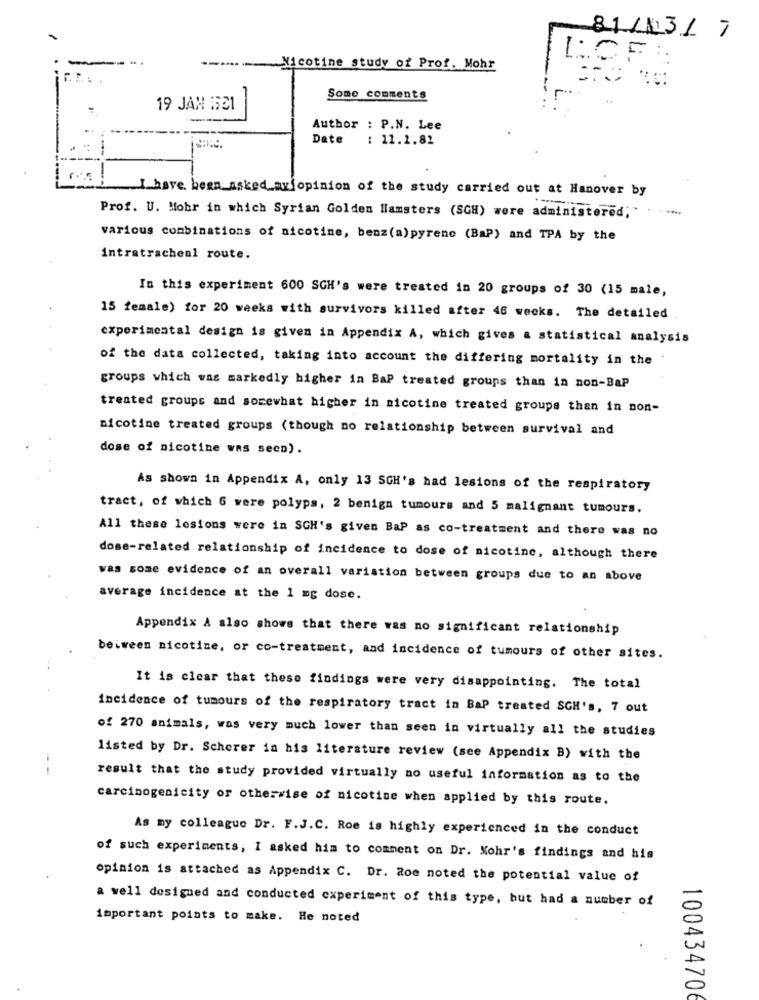
81/13/ 7
LCF ::
Nicotine study of Prof. Mohr
Some comments
19 JAM GE1
Author : P.N. Lee
Date
: 11.1.81
I have been asked avfopinion of the study carried out at Hanover by
Prof. U. Mobr in which Syrian Golden Hamsters (SGH) were administered ;. . .....
various combinations of nicotine, benz(a) pyrenc (BaP) and TPA by the
intratracheal route.
In this experiment 600 SGH's were treated in 20 groups of 30 (15 male,
15 female) for 20 weeks with survivors killed after 46 weeks. The detailed
experimental design is given in Appendix A, which gives a statistical analysis
of the data collected, taking into account the differing mortality in the
groups which was markedly bigher in BaP treated groups than in non-Bap
treated groups and somewhat higher in nicotine treated groups than in non-
nicotine treated groups (though no relationship between survival and
dose of nicotine was seco).
As shown in Appendix A, only 13 SGH's had lesions of the respiratory
tract, of which 6 were polyps, 2 benign tumours and 5 malignant tumours.
All these lesions were in SCH's given Bap as co-treatment and there was no
dose-related relationship of incidence to dose of nicotine, although there
was some evidence of an overall variation between groups due to an above
average incidence at the 1 mg dose.
Appendix & also shows that there was no significant relationship
beiween nicotine, or co-treatment, and incidence of tumours of other sites.
It is clear that these findings were very disappointing. The total
incidence of tumours of the respiratory tract in BaP treated SGH's, 7 out
of 270 animals, was very much lower than seen in virtually all the studies
listed by Dr. Scherer in his literature review (see Appendix B) with the
result that the study provided virtually no useful information as to the
carcinogenicity or otherwise of nicotine when applied by this route.
As my colleague Dr. F.J.C. Roe is highly experienced in the conduct
of such experiments, I asked him to comment on Dr. Mohr's findings and his
opinion is attached as Appendix C. Dr. Roe noted the potential value of
a well designed and conducted experiment of this type, but had a number of
important points to make. He noted
100434706